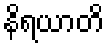
နိရယာတိ